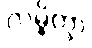
လမ္ဗိတွာ